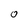
Character: O